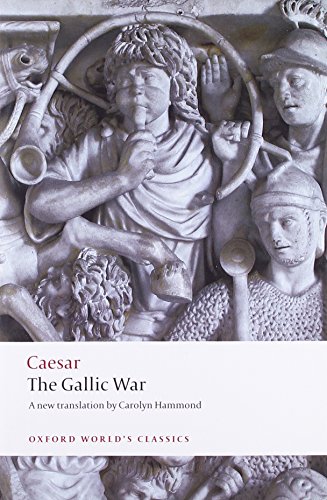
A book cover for The Gallic War: Seven Commentaries on The Gallic War with an Eighth Commentary by Aulus Hirtius (Oxford World's Classics); Julius Caesar; History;